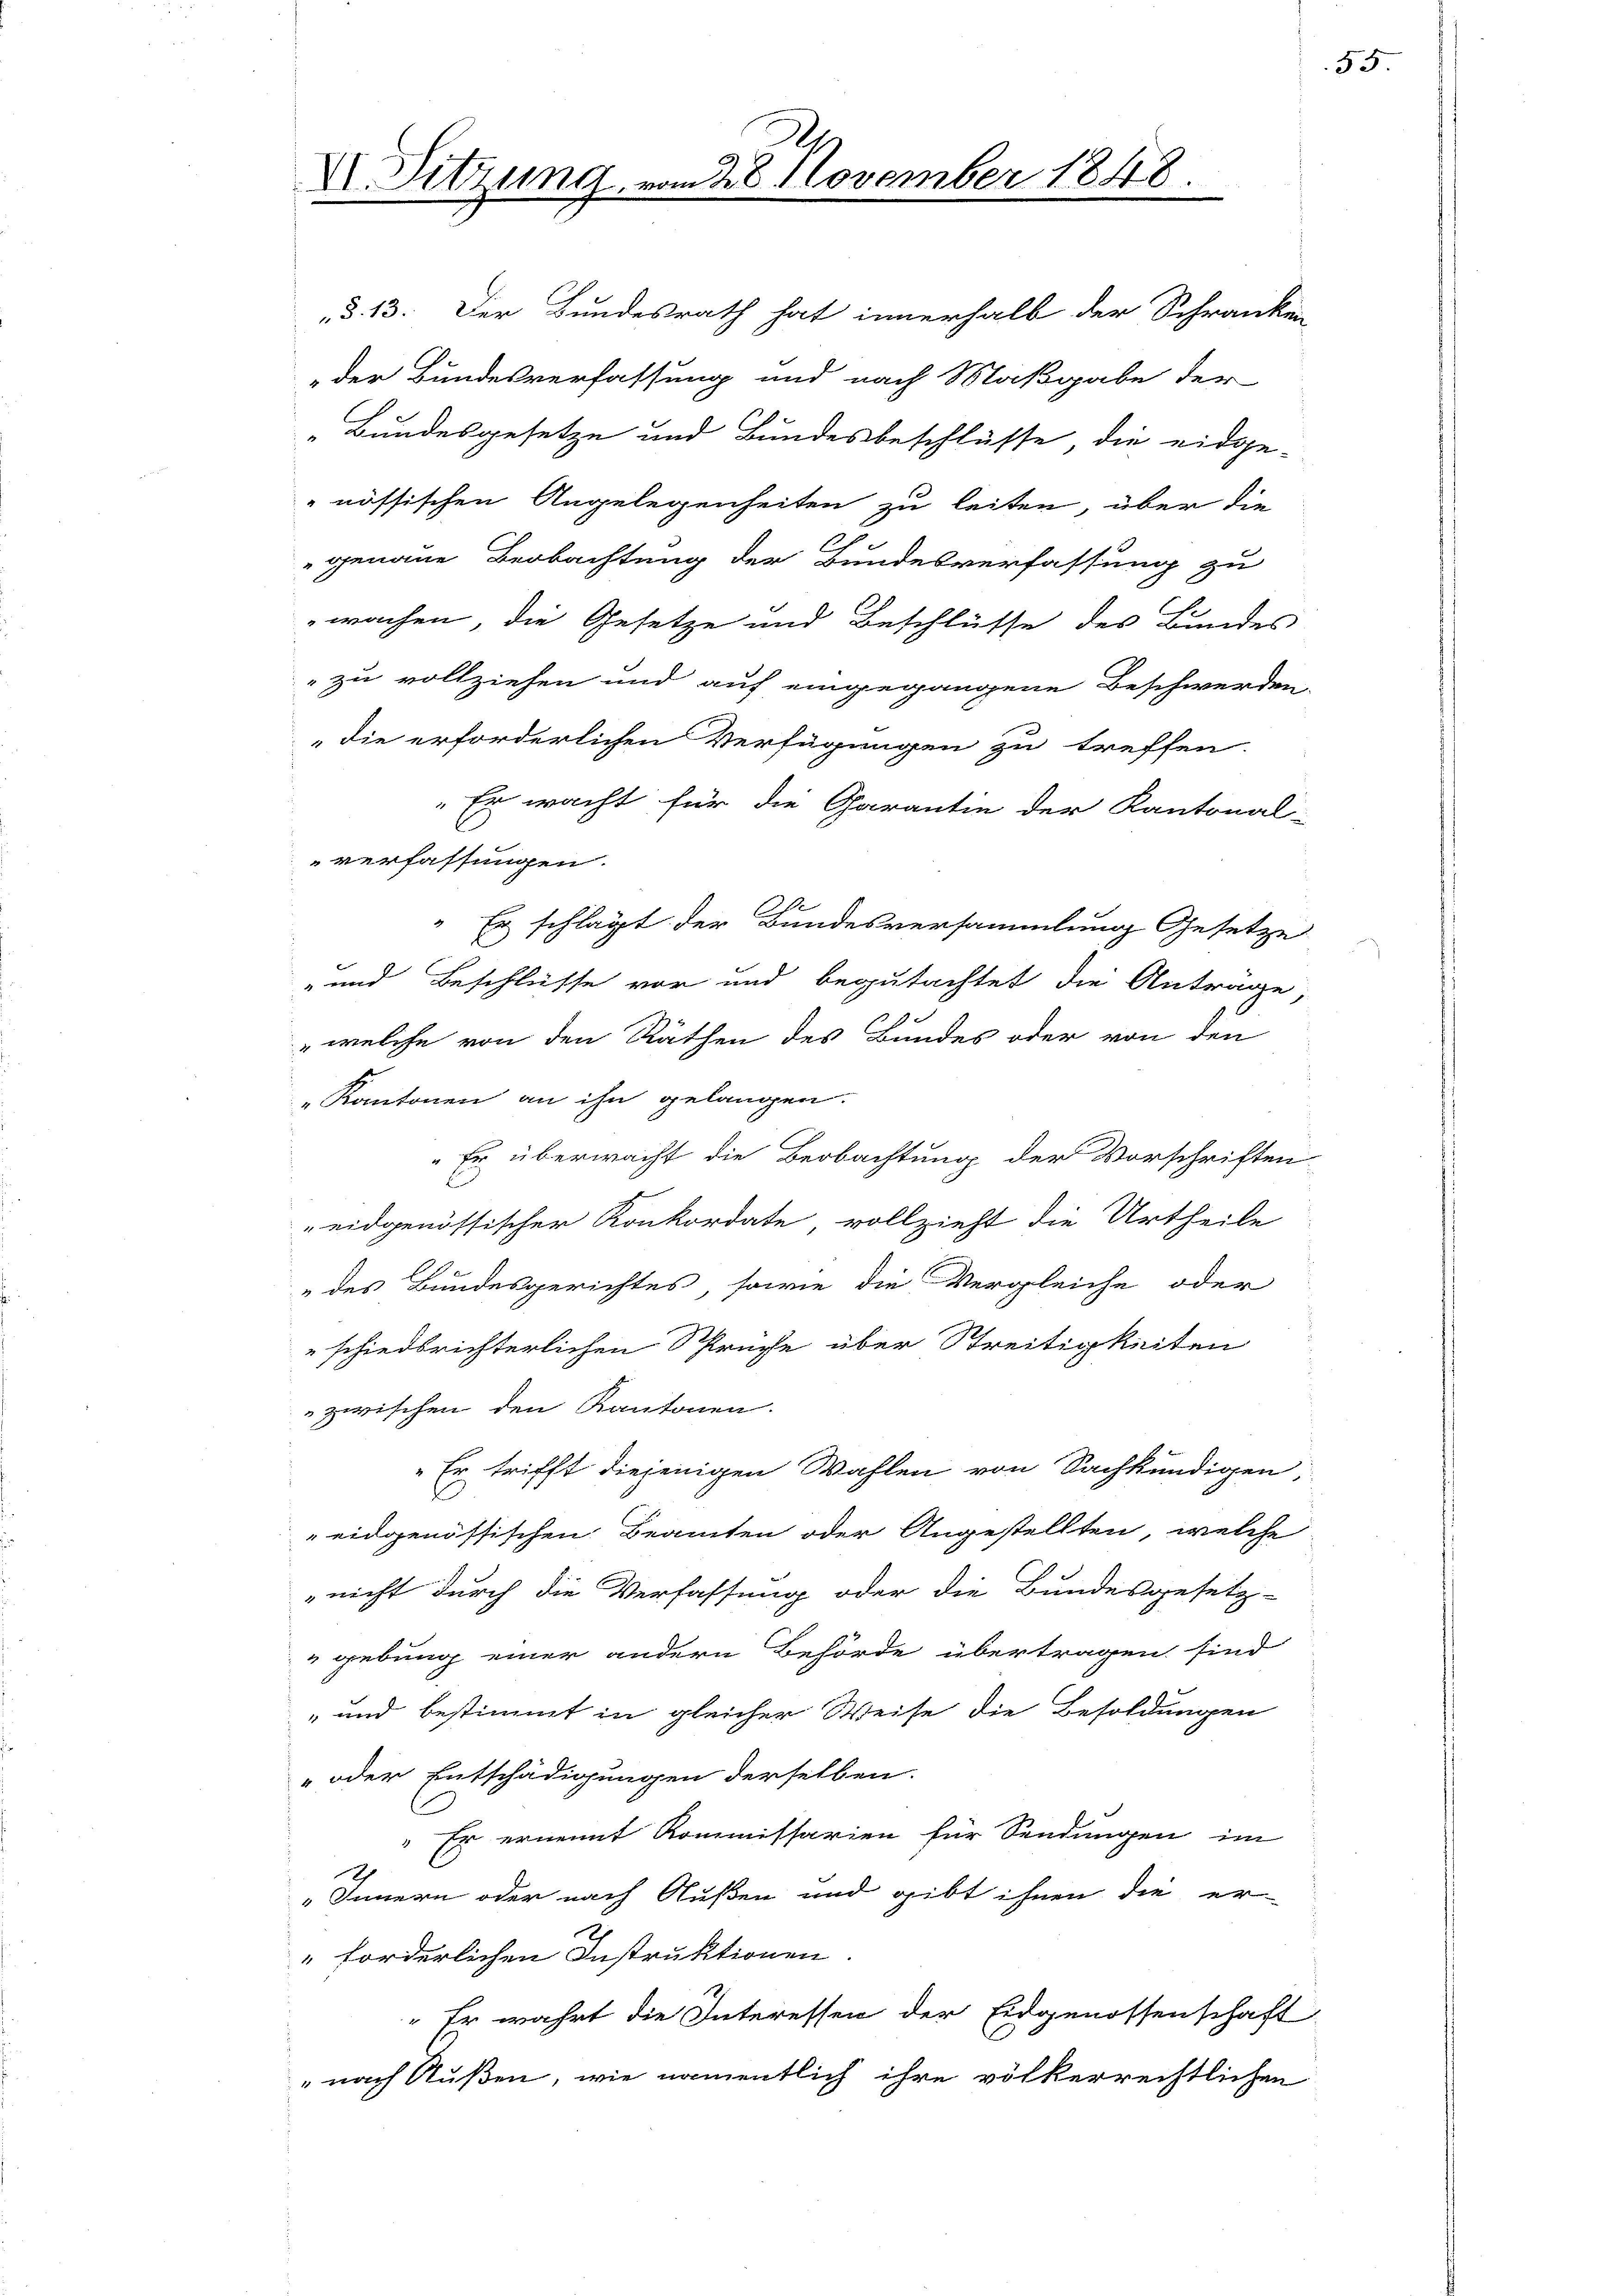
V. Sitzung

28. November 1848.

§. 13. Der Bundesrath hat innerhalb der Schranken
der Bundesverfassung und nach Maßgabe der
„Bundesgesetze und Bundesbeschlüsse, die eidge-
"nössischen Angelegenheiten zu leiten, über die
E
genaue Beobachtung der Bundesverfassung zu
wachen, die Gesetze und Beschlüsse des Bundes
zu vollziehen und auf eingegangene Beschwerden
die erforderlichen Verfügungen zu treffen.
Es wacht für die Garantie der Kantonal-
verfassungen.
.
" Es schlägt der Bundesversammlung Gesetze
- und Beschlüsse vor und begutachtet die Antrage
" welche von den Räthen des Bundes oder von den
„Kantonen an ihn gelangen.
Er überwacht die Beobachtung der Vorschriften
eidgenössischer Konkordate, vollzieht die Urtheile
„des Bundesgerichtes, sowie die Vergleiche oder
schiedsrichterlichen Sprüche über Streitigkeiten
zwischen den Kantonen.
„Er trifft diejenigen Wahlen von Sachkundigen
eidgenössischen Beamten oder Angestellten, welche
„nicht durch die Verfassung oder die Bundesgesetz-
gebung einer andern Behörde übertragen sind
und bestimmt in gleicher Weise die Besoldungen
„oder Entschädigungen derselben.
" Er ernennt Kommissarien für Sendungen im
„Innern oder nach Außen und gibt ihnen die er
" forderlichen Instruktionen
" Er wahrt die Interessen der Eidgenossenschaft
nach Außen, wie namentlich ihre völkerrechtlichen

55